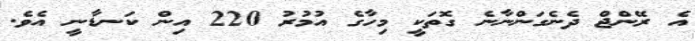
އެ ރޭންޖް ދެނެގަންނާނެ ގޮތަކީ މިހާގެ އުމުރު 220 އިން ކަނޑާނީ އެވެ.